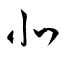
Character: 北